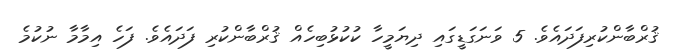
ޤުރްބާންކުރިފަދައެވެ. 5 ވަނަގަޑީގައި ދިޔަމީހާ ކުކުޅުބިހެއް ޤުރްބާންކުރި ފަދައެވެ. ފަހެ އިމާމާ ނުކުމެ